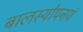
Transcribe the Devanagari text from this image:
बालस्योपनयं